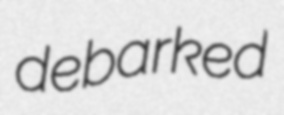
debarked